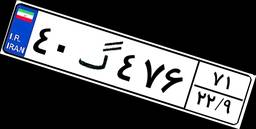
۴۰گ۴۷۶۷۱